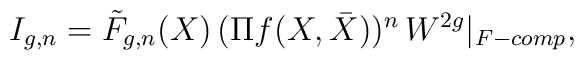
I_{g,n} = \tilde{F}_{g,n}(X)\, (\Pi f(X,\bar{X}))^n \,W^{2g}|_{F-comp} ,